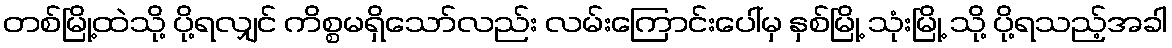
တစ်မြို့ထဲသို့ ပို့ရလျှင် ကိစ္စမရှိသော်လည်း လမ်းကြောင်းပေါ်မှ နှစ်မြို့ သုံးမြို့ သို့ ပို့ရသည့်အခါ